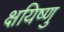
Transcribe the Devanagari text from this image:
क्षयिष्णु